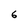
Character: 6